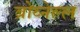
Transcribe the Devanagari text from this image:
ब्रोव्नेल्ल